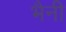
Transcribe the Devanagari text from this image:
भैनी